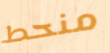
منحط